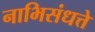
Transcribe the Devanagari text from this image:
नाभिसंधत्ते